Indian journal of veterinary science and animal husbandry - Volume 13,
Year: 1943
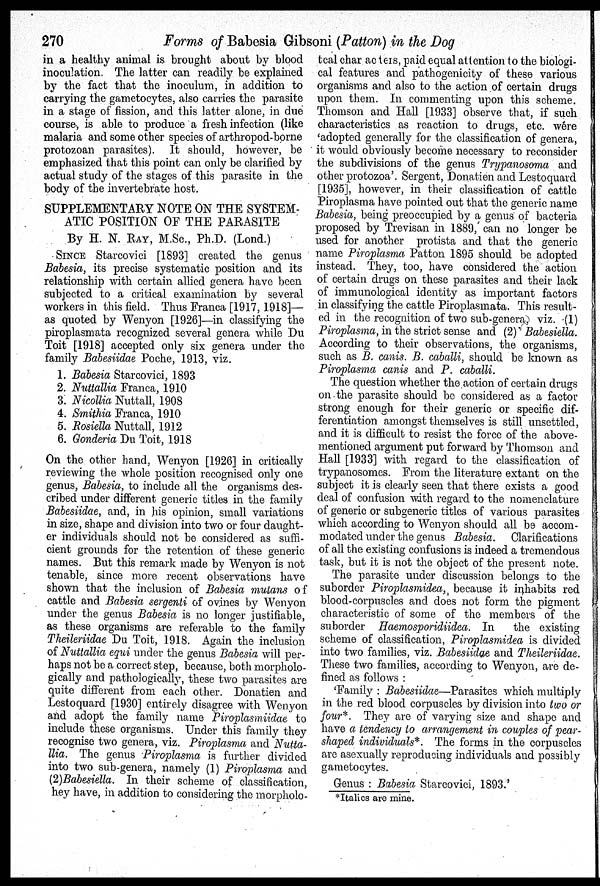
270
Forms of Babesia Gibsoni (Patton) in the Dog
in a healthy animal is brought about by blood
inoculation. The latter can readily be explained
by the fact that the inoculum, in addition to
carrying the gametocytes, also carries the parasite
in a stage of fission, and this latter alone, in due
course, is able to produce a fresh infection (like
malaria and some other species of arthropod-borne
protozoan parasites). It should, however, be
emphasized that this point can only be clarified by
actual study of the stages of this parasite in the
body of the invertebrate host.
SUPPLEMENTARY NOTE ON THE SYSTEM-
ATIC POSITION OF THE PARASITE
By H. N. RAY, M.Sc., Ph.D. (Lond.)
SINCE Starcovici [1893] created the genus
Babesia, its precise systematic position and its
relationship with certain allied genera have been
subjected to a critical examination by several
workers in this field. Thus Franca [1917, 1918]—
as quoted by Wenyon [1926]—in classifying the
piroplasmata recognized several genera while Du
Toit [1918] accepted only six genera under the
family Babesiidae Poche, 1913, viz.
1. Babesia Starcovici, 1893
2. Nuttallia Franca, 1910
3. Nicollia Nuttall, 1908
4. Smithia Franca, 1910
5. Rosiella Nuttall, 1912
6. Gonderia Du Toit, 1918
On the other hand, Wenyon [1926] in critically
reviewing the whole position recognised only one
genus, Babesia, to include all the organisms des-
cribed under different generic titles in the family
Babesiidae, and, in his opinion, small variations
in size, shape and division into two or four daught-
er individuals should not be considered as suffi-
cient grounds for the retention of these generic
names. But this remark made by Wenyon is not
tenable, since more recent observations have
shown that the inclusion of Babesia mutans of
cattle and Babesia sergenti of ovines by Wenyon
under the genus Babesia is no longer justifiable,
as these organisms are referable to the family
Theileriidae Du Toit, 1918. Again the inclusion
of Nuttallia equi under the genus Babesia will per-
haps not be a correct step, because, both morpholo-
gically and pathologically, these two parasites are
quite different from each other. Donatien and
Lestoquard [1930] entirely disagree with Wenyon
and adopt the family name Piroplasmiidae to
include these organisms. Under this family they
recognise two genera, viz. Piroplasma and Nutta-
llia. The genus Piroplasma is further divided
into two sub-genera, namely (1) Piroplasma and
(2)Babesiella. In their scheme of classification,
hey have, in addition to considering the morpholo-
tcal char acters, paid equal attention to the biologi-
cal features and pathogenicity of these various
organisms and also to the action of certain drugs
upon them. In commenting upon this scheme.
Thomson and Hall [1933] observe that, if such
characteristics as reaction to drugs, etc. were
'adopted generally for the classification of genera,
it would obviously become necessary to reconsider
the subdivisions of the genus Trypanosoma and
other protozoa'. Sergent, Donatien and Lestoquard
[1935], however, in their classification of cattle
Piroplasma have pointed out that the generic name
Babesia, being preoccupied by a genus of bacteria
proposed by Trevisan in 1889, can no longer be
used for another protista and that the generic
name Piroplasma Patton 1895 should be adopted
instead. They, too, have considered the action
of certain drugs on these parasites and their lack
of immunological identity as important factors
in classifying the cattle Piroplasmata. This result-
ed in the recognition of two sub-genera, viz. (1)
Piroplasma, in the strict sense and (2) Babesiella.
According to their observations, the organisms,
such as B. canis. B. caballi, should be known as
Piroplasma canis and P. caballi.
The question whether the action of certain drugs
on the parasite should be considered as a factor
strong enough for their generic or specific dif-
ferentiation amongst themselves is still unsettled,
and it is difficult to resist the force of the above-
mentioned argument put forward by Thomson and
Hall [1933] with regard to the classification of
trypanosomes. From the literature extant on the
subject it is clearly seen that there exists a good
deal of confusion with regard to the nomenclature
of generic or subgeneric titles of various parasites
which according to Wenyon should all be accom-
modated under the genus Babesia.
Clarifications
of all the existing confusions is indeed a tremendous
task, but it is not the object of the present note.
The parasite under discussion belongs to the
suborder Piroplasmidea, because it inhabits red
blood-corpuscles and does not form the pigment
characteristic of some of the members of the
suborder Haemosporidiidea. In
the existing
scheme of classification, Piroplasmidea is divided
into two families, viz. Babesiidae and Theileriidae.
These two families, according to Wenyon, are de-
fined as follows :
'Family : Babesiidae—Parasites which multiply
in the red blood corpuscles by division into two or
four*. They are of varying size and shape and
have a tendency to arrangement in couples of pear-
shaped individuals*. The forms in the corpuscles
are asexually reproducing individuals and possibly
gametocytes.
Genus: Babesia Starcovici, 1893.'
*Italics are mine.